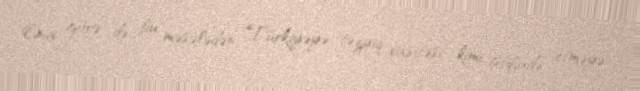
Ona görə də bu məsələdən Türkiyəyə təzyiq vasitəsi kimi istifadə etməyə